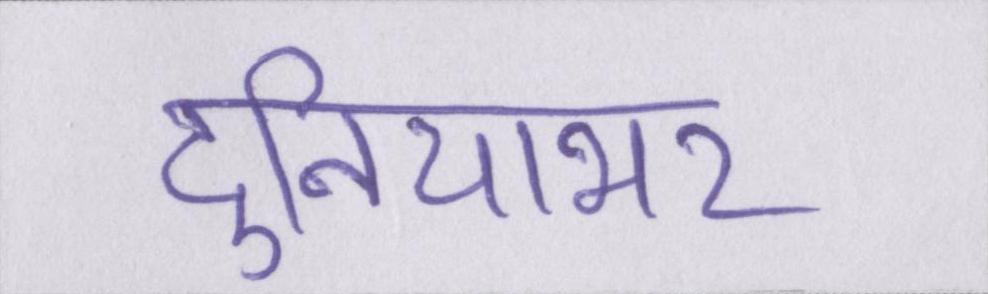
दुनियाभर